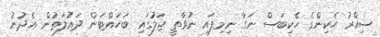
ސިއްރު ހެކިންގެ ހެކިބަސް ނަގާ ނިމިފައި ނުވާތީ ޖަލުގައި ބަހައްޓަން ދައުލަތުން އެދުނު